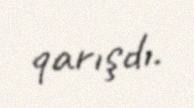
qarışdı.